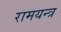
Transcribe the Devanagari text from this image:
रामयन्त्र